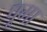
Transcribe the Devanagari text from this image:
पूमा